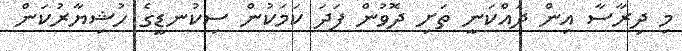
މި ދިރާސާ އިން ދައްކަނީ ތަށި ދޮވުން ފަދަ ކަމަކުން ސިކުނޑީގެ ހުޝިޔާރުކަން